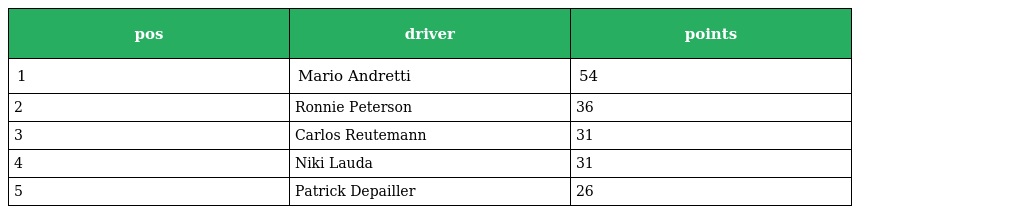
| pos | driver | points |
 | --- | --- | --- |
 | 1 | Mario Andretti | 54 |
 | 2 | Ronnie Peterson | 36 |
 | 3 | Carlos Reutemann | 31 |
 | 4 | Niki Lauda | 31 |
 | 5 | Patrick Depailler | 26 |